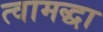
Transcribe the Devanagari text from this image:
त्वामद्धा